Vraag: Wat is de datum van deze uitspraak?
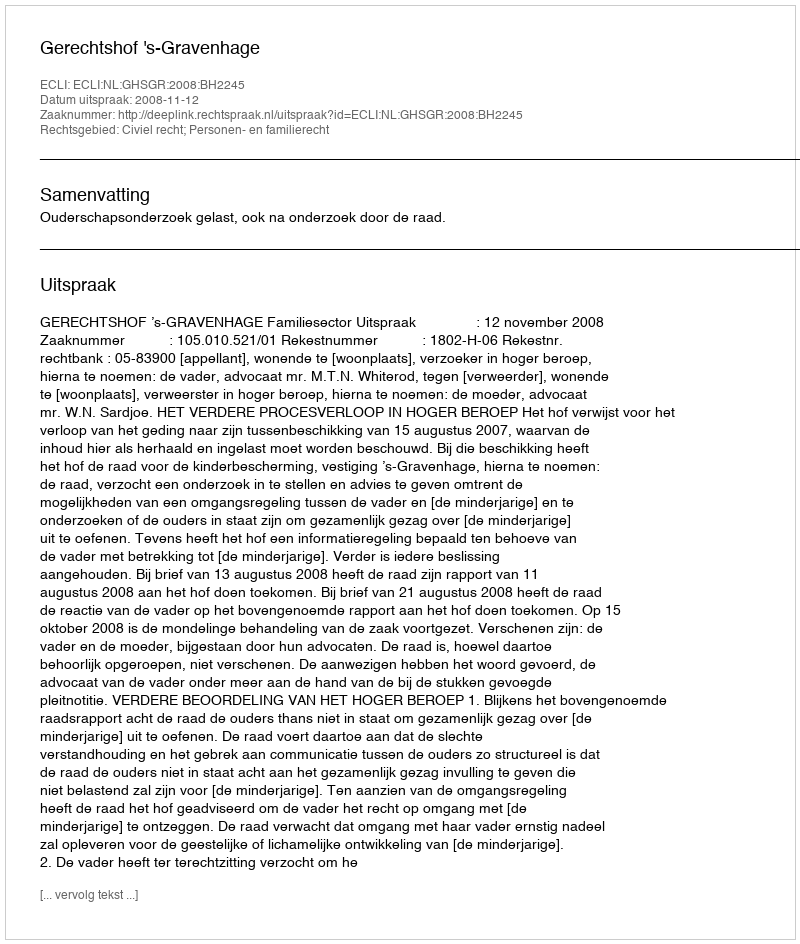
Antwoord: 2008-11-12